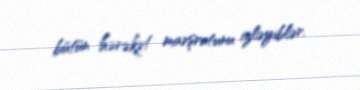
bütün hərəkət marşrutunu izləyiblər.